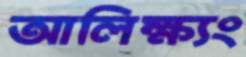
আলিক্ষ্যং